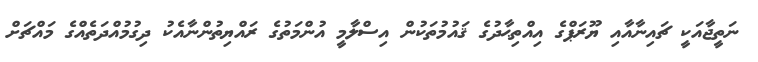
ނަތީޖާއަކީ ޗައިނާއާއި ޔޫރަޕްގެ އިއްތިޙާދުގެ ޤައުމުތަކުން އިސްލާމީ އުންމަތުގެ ރައްޔިތުންނާއެކު ދިގުމުއްދަތެއްގެ މައްޗަށް